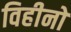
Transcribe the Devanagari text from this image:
विहीनो